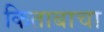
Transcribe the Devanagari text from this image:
किताबाचा